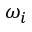
\omega _ { i }